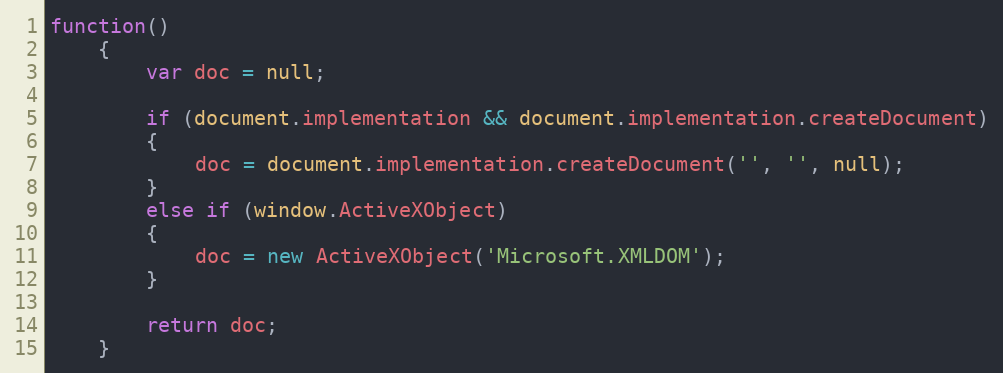
Language: JavaScript
function()
	{
		var doc = null;

		if (document.implementation && document.implementation.createDocument)
		{
			doc = document.implementation.createDocument('', '', null);
		}
		else if (window.ActiveXObject)
		{
			doc = new ActiveXObject('Microsoft.XMLDOM');
	 	}

	 	return doc;
	}